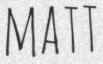
MATT